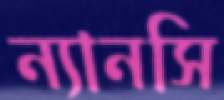
ন্যানসি